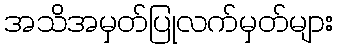
အသိအမှတ်ပြုလက်မှတ်များ